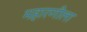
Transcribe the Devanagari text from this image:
महारणीला